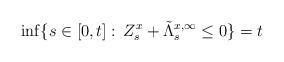
LaTeX: \begin{align*}\inf\{s\in[0,t]:\,Z^x_s+\tilde{\Lambda}^{x,\infty}_s\le 0\}=t \end{align*}